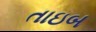
તાઇબ